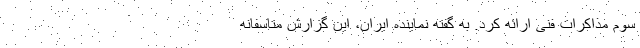
سوم مذاکرات فنی ارائه کرد. به گفته نماینده ایران، این گزارش متاسفانه